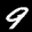
Label: 9